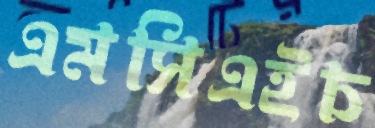
এমসিএইচ